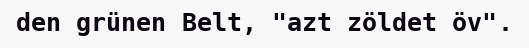
den grünen Belt, "azt zöldet öv".